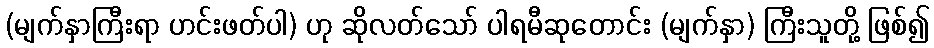
(မျက်နှာကြီးရာ ဟင်းဖတ်ပါ) ဟု ဆိုလတ်သော် ပါရမီဆုတောင်း (မျက်နှာ) ကြီးသူတို့ ဖြစ်၍